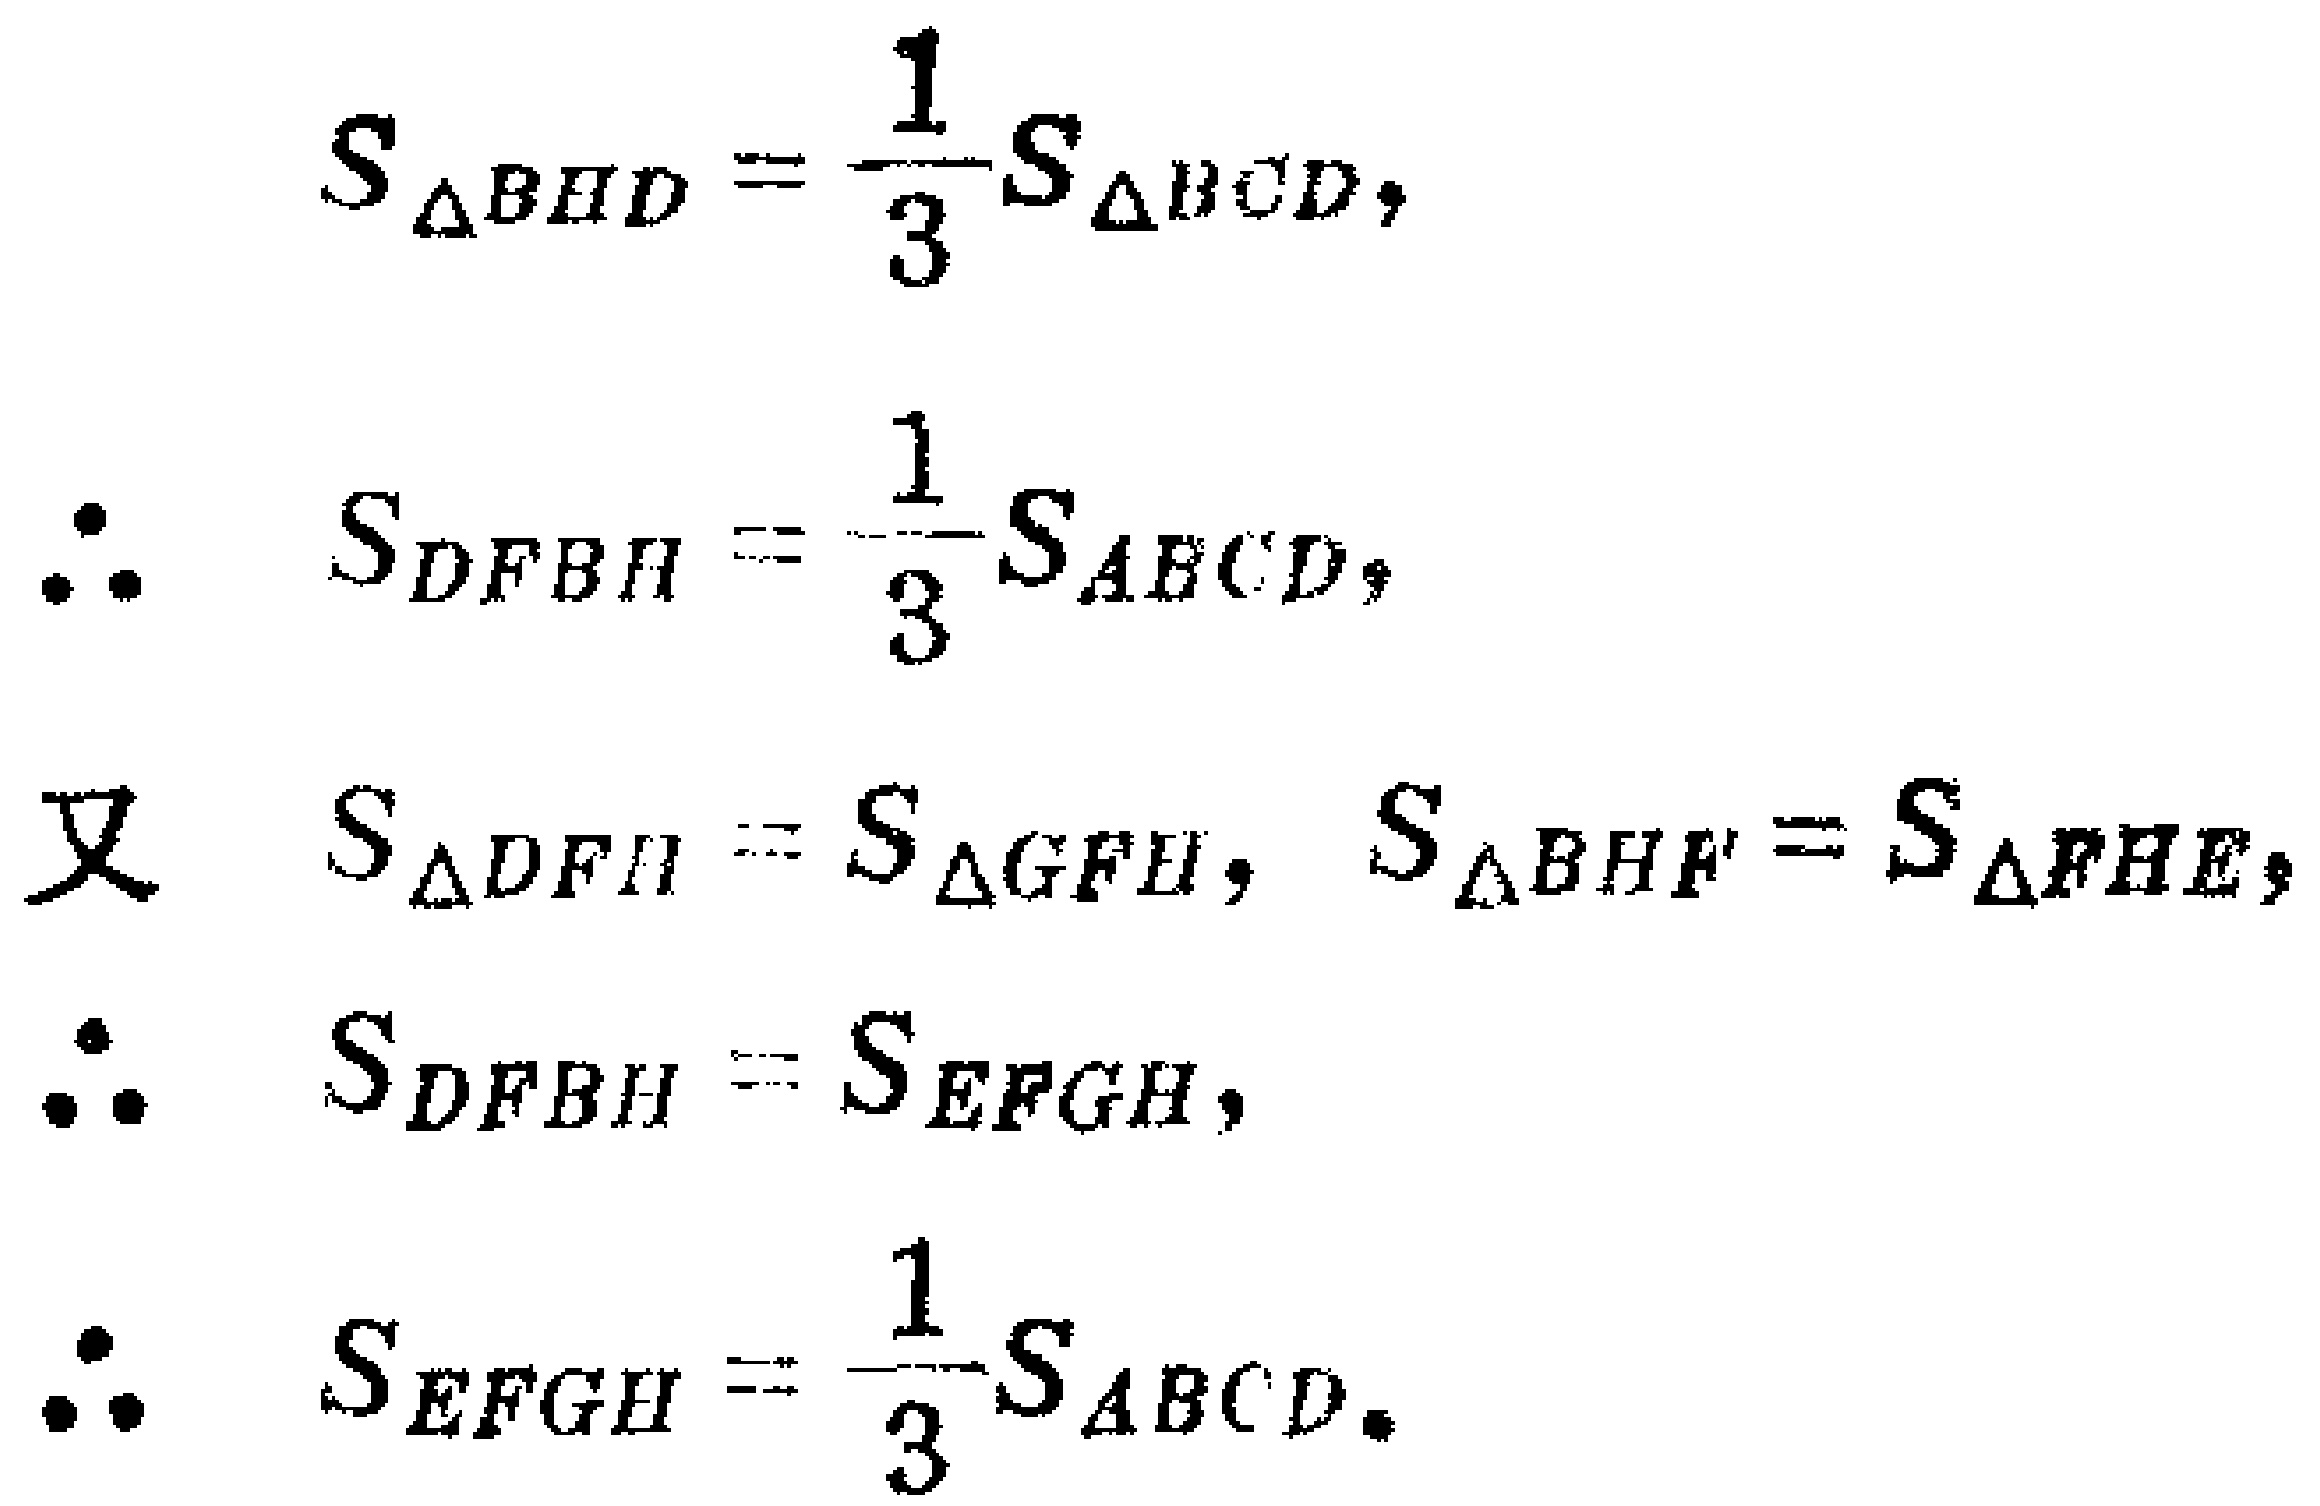
\[
\begin{align*}
S_{\triangle BHD}&=\frac{1}{3}S_{\triangle BCD},\\
\therefore\quad S_{DFBH}&=\frac{1}{3}S_{ABCD},\\
\text{又}\quad S_{\triangle DFH}&=S_{\triangle GFH},\ S_{\triangle BHF}=S_{\triangle FHE},\\
\therefore\quad S_{DFBH}&=S_{EFGH},\\
\therefore\quad S_{EFGH}&=\frac{1}{3}S_{ABCD}.
\end{align*}
\]